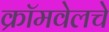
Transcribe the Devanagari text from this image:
क्रॉमवेलचे